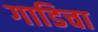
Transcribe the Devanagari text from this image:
गाडिचा